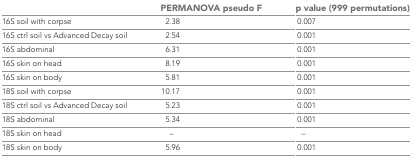
<table><thead><tr><td></td><td><b>PERMANOVA pseudo F</b></td><td><b>p value (999 permutations)</b></td></tr></thead><tbody><tr><td>16S soil with corpse</td><td>2.38</td><td>0.007</td></tr><tr><td>16S ctrl soil vs Advanced Decay soil</td><td>2.54</td><td>0.001</td></tr><tr><td>16S abdominal</td><td>6.31</td><td>0.001</td></tr><tr><td>16S skin on head</td><td>8.19</td><td>0.001</td></tr><tr><td>16S skin on body</td><td>5.81</td><td>0.001</td></tr><tr><td>18S soil with corpse</td><td>10.17</td><td>0.001</td></tr><tr><td>18S ctrl soil vs Advanced Decay soil</td><td>5.23</td><td>0.001</td></tr><tr><td>18S abdominal</td><td>5.34</td><td>0.001</td></tr><tr><td>18S skin on head</td><td>–</td><td>–</td></tr><tr><td>18S skin on body</td><td>5.96</td><td>0.001</td></tr></tbody></table>